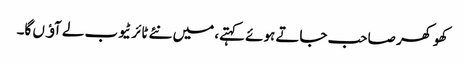
کھوکھر صاحب جاتے ہوئے کہتے، میں نئے ٹائر ٹیوب لے آﺅں گا۔